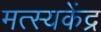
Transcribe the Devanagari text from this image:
मत्स्यकेंद्र